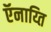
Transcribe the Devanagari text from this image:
ऍनाय्ति